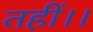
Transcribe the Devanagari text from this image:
तहीं।।